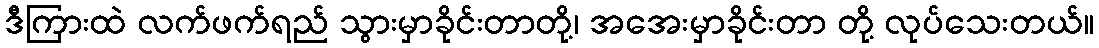
ဒီကြားထဲ လက်ဖက်ရည် သွားမှာခိုင်းတာတို့၊ အအေးမှာခိုင်းတာ တို့ လုပ်သေးတယ်။